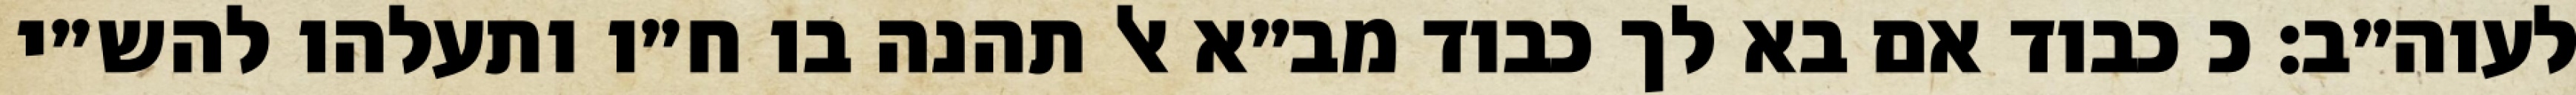
לעוה״ב: כ כבוד אם בא לך כבוד מב״א אל תהנה בו ח״ו ותעלהו להש״י